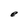
Character: e